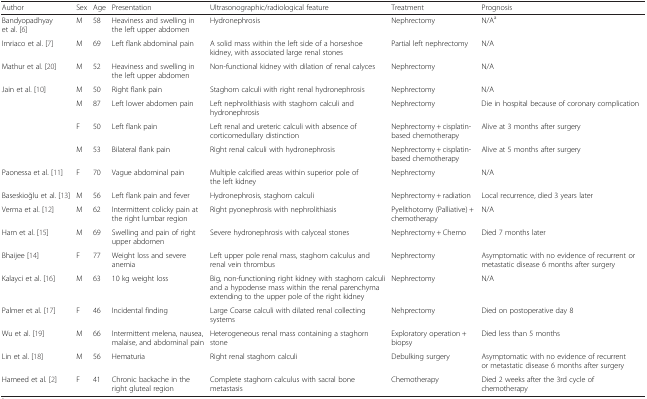
<table><thead><tr><td><b>Author</b></td><td><b>Sex</b></td><td><b>Age</b></td><td><b>Presentation</b></td><td><b>Ultrasonographic/radiological feature</b></td><td><b>Treatment</b></td><td><b>Prognosis</b></td></tr></thead><tbody><tr><td>Bandyopadhyay et al. [6]</td><td>M</td><td>58</td><td>Heaviness and swelling in the left upper abdomen</td><td>Hydronephrosis</td><td>Nephrectomy</td><td>N/A<sup>a</sup></td></tr><tr><td>Imriaco et al. [7]</td><td>M</td><td>69</td><td>Left flank abdominal pain</td><td>A solid mass within the left side of a horseshoe kidney, with associated large renal stones</td><td>Partial left nephrectomy</td><td>N/A</td></tr><tr><td>Mathur et al. [20]</td><td>M</td><td>52</td><td>Heaviness and swelling in the left upper abdomen</td><td>Non-functional kidney with dilation of renal calyces</td><td>Nephrectomy</td><td>N/A</td></tr><tr><td>Jain et al. [10]</td><td>M</td><td>50</td><td>Right flank pain</td><td>Staghorn calculi with right renal hydronephrosis</td><td>Nephrectomy</td><td>N/A</td></tr><tr><td></td><td>M</td><td>87</td><td>Left lower abdomen pain</td><td>Left nephrolithiasis with staghorn calculi and hydronephrosis</td><td>Nephrectomy</td><td>Die in hospital because of coronary complication</td></tr><tr><td></td><td>F</td><td>50</td><td>Left flank pain</td><td>Left renal and ureteric calculi with absence of corticomedullary distinction</td><td>Nephrectomy + cisplatin-based chemotherapy</td><td>Alive at 3 months after surgery</td></tr><tr><td></td><td>M</td><td>53</td><td>Bilateral flank pain</td><td>Right renal calculi with hydronephrosis</td><td>Nephrectomy + cisplatin-based chemotherapy</td><td>Alive at 5 months after surgery</td></tr><tr><td>Paonessa et al. [11]</td><td>F</td><td>70</td><td>Vague abdominal pain</td><td>Multiple calcified areas within superior pole of the left kidney</td><td>Nephrectomy</td><td>N/A</td></tr><tr><td>Baseskioğlu et al. [13]</td><td>M</td><td>56</td><td>Left flank pain and fever</td><td>Hydronephrosis, staghorn calculi</td><td>Nephrectomy + radiation</td><td>Local recurrence, died 3 years later</td></tr><tr><td>Verma et al. [12]</td><td>M</td><td>62</td><td>Intermittent colicky pain at the right lumbar region</td><td>Right pyonephrosis with nephrolithiasis</td><td>Pyelithotomy (Palliative) + chemotherapy</td><td>N/A</td></tr><tr><td>Ham et al. [15]</td><td>M</td><td>69</td><td>Swelling and pain of right upper abdomen</td><td>Severe hydronephrosis with calyceal stones</td><td>Nephrectomy + Chemo</td><td>Died 7 months later</td></tr><tr><td>Bhaijee [14]</td><td>F</td><td>77</td><td>Weight loss and severe anemia</td><td>Left upper pole renal mass, staghorn calculus and renal vein thrombus</td><td>Nephrectomy</td><td>Asymptomatic with no evidence of recurrent or metastatic disease 6 months after surgery</td></tr><tr><td>Kalayci et al. [16]</td><td>M</td><td>63</td><td>10 kg weight loss</td><td>Big, non-functioning right kidney with staghorn calculi and a hypodense mass within the renal parenchyma extending to the upper pole of the right kidney</td><td>Nephrectomy</td><td>N/A</td></tr><tr><td>Palmer et al. [17]</td><td>F</td><td>46</td><td>Incidental finding</td><td>Large Coarse calculi with dilated renal collecting systems</td><td>Nehprectomy</td><td>Died on postoperative day 8</td></tr><tr><td>Wu et al. [19]</td><td>M</td><td>66</td><td>Intermittent melena, nausea, malaise, and abdominal pain</td><td>Heterogeneous renal mass containing a staghorn stone</td><td>Exploratory operation + biopsy</td><td>Died less than 5 months</td></tr><tr><td>Lin et al. [18]</td><td>M</td><td>56</td><td>Hematuria</td><td>Right renal staghorn calculi</td><td>Debulking surgery</td><td>Asymptomatic with no evidence of recurrent or metastatic disease 6 months after surgery</td></tr><tr><td>Hameed et al. [2]</td><td>F</td><td>41</td><td>Chronic backache in the right gluteal region</td><td>Complete staghorn calculus with sacral bone metastasis</td><td>Chemotherapy</td><td>Died 2 weeks after the 3rd cycle of chemotherapy</td></tr></tbody></table>